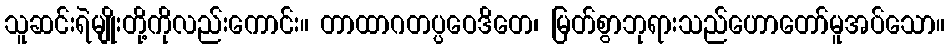
သူဆင်းရဲမျိုးတို့ကိုလည်းကောင်း။ တာထာဂတပ္ပဝေဒိတေ၊ မြတ်စွာဘုရားသည်ဟောတော်မူအပ်သော။